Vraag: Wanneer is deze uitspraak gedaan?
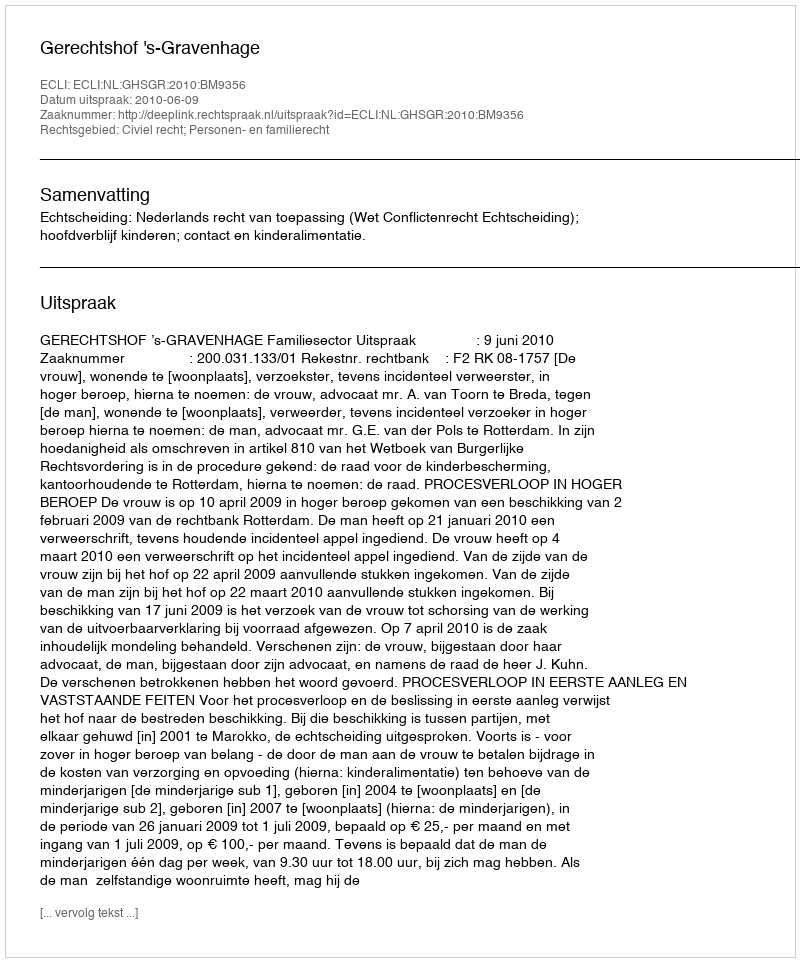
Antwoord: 2010-06-09